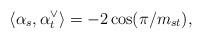
LaTeX: \begin{align*}\langle \alpha_s, \alpha_t^\vee \rangle = -2 \cos (\pi/m_{st}),\end{align*}